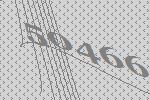
50466